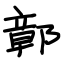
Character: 鄣